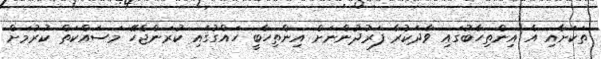
ތަކަށާއި އެ އިންތިހާބުގައި ވާދަކުރާ ފަރުދުންނަށް އިންތިހާބީ ހައްގުގައި ކުރަންޖެހޭ މަސައްކަތް ކުރުމަށް